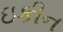
ઇકીન